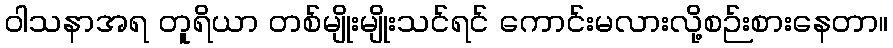
ဝါသနာအရ တူရိယာ တစ်မျိုးမျိုးသင်ရင် ကောင်းမလားလို့စဉ်းစားနေတာ။